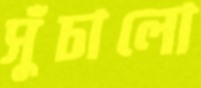
সুঁচালো